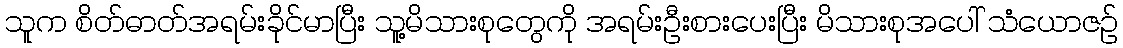
သူက စိတ်ဓာတ်အရမ်းခိုင်မာပြီး သူ့မိသားစုတွေကို အရမ်းဦးစားပေးပြီး မိသားစုအပေါ် သံယောဇဉ်